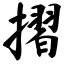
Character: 摺